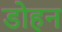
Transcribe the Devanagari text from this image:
डोहन